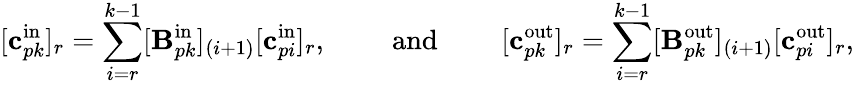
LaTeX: [\mathbf{c}_{pk}^{\mathrm{in}}]_{r}=\sum_{i=r}^{k-1}[\mathbf{B}_{pk}^{\mathrm{in}}]_{(i+1)}[\mathbf{c}_{pi}^{\mathrm{in}}]_{r},\qquad\mathrm{~and~}\qquad[\mathbf{c}_{pk}^{\mathrm{out}}]_{r}=\sum_{i=r}^{k-1}[\mathbf{B}_{pk}^{\mathrm{out}}]_{(i+1)}[\mathbf{c}_{pi}^{\mathrm{out}}]_{r},